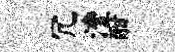
冗澧酣